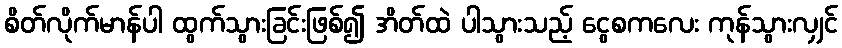
စိတ်လိုက်မာန်ပါ ထွက်သွားခြင်းဖြစ်၍ အိတ်ထဲ ပါသွားသည့် ငွေစကလေး ကုန်သွားလျှင်